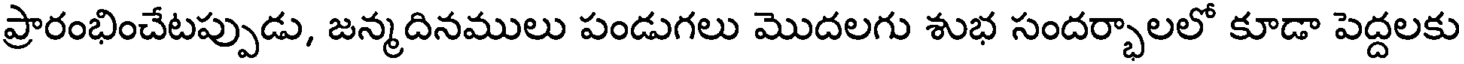
ప్రారంభించేటప్పుడు, జన్మదినములు పండుగలు మొదలగు శుభ సందర్భాలలో కూడా పెద్దలకు